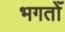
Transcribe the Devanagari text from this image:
भगतोँ